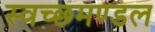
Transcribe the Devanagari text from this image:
स्‍वच्‍छमण्‍डल